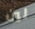
لين